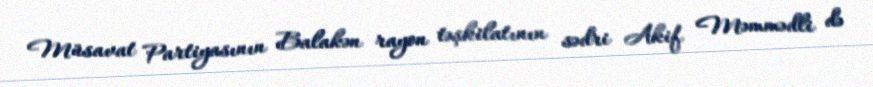
Müsavat Partiyasının Balakən rayon təşkilatının sədri Akif Məmmədli də